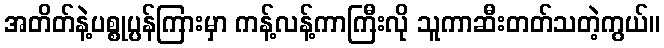
အတိတ်နဲ့ပစ္စုပ္ပန်ကြားမှာ ကန့်လန့်ကာကြီးလို သူကာဆီးတတ်သတဲ့ကွယ်။